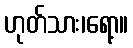
ဟုတ်သား၊ရော့။